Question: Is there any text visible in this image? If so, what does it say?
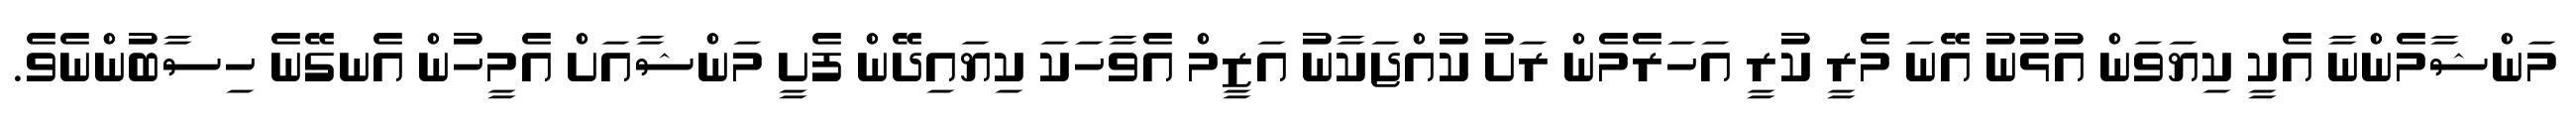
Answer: މަންޝާމެންނާ އެކީ ކިޔަވަން އުޅުނު އޭނަ މެރީ ކުރީ އަހަރެމެން ރަށު ކުއްޖަކާނު އަޒީމް އެވާހަކަ ކިޔައިދޭން ފެށީ މަންޝާއަށް އެމީހުން އެނގޭނެ ހިސާބުންނެވެ.